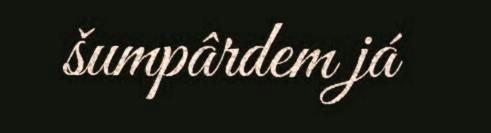
šumpârdem já